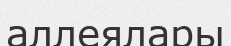
аллеялары